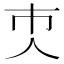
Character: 𠆴